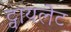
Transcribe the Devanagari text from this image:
ट्वायलेट